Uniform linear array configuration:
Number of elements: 12
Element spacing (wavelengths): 1
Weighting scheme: uniform
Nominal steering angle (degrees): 15
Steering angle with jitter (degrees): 13.53
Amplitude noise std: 0.05
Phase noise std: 0.05

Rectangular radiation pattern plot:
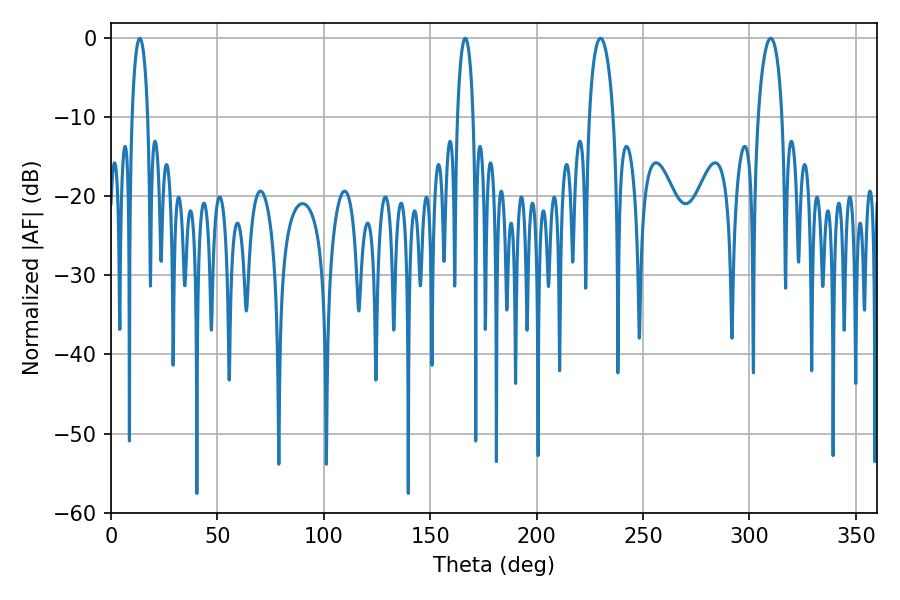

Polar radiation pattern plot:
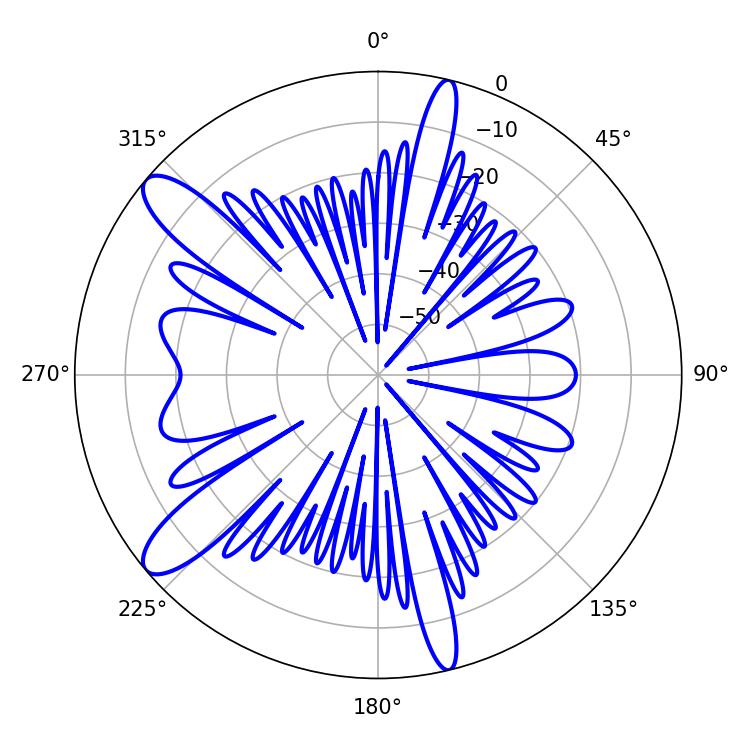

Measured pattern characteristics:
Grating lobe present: TRUE
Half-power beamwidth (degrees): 6.3
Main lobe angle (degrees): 230.04